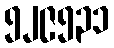
၅၂၉၅၃၁